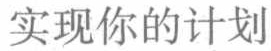
实现你的计划